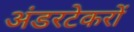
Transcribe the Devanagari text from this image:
अंडरटेकरों